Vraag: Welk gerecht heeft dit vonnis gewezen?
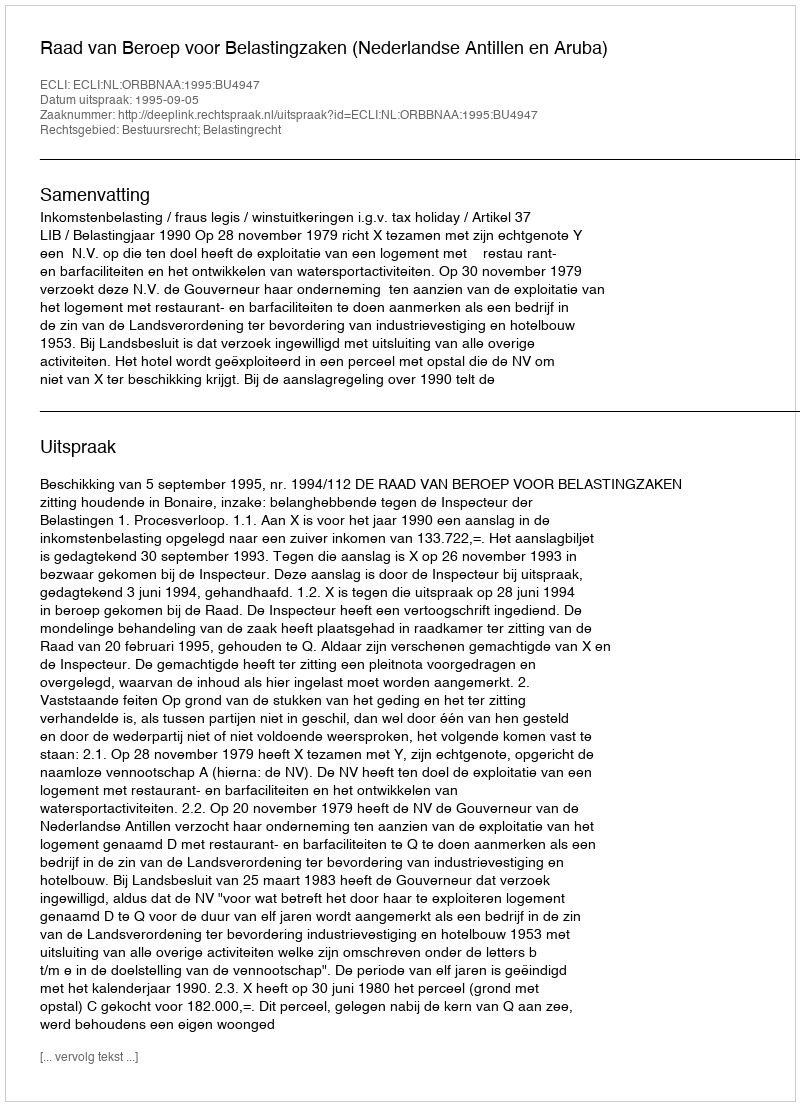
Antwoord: Raad van Beroep voor Belastingzaken (Nederlandse Antillen en Aruba)